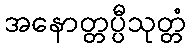
အနောတ္တပ္ပီသုတ္တံ